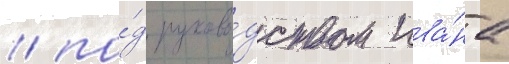
/ по́д руково́дством ива́на